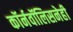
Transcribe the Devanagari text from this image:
कॉर्नवॉलिसनेही